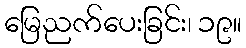
မြေညက်ပေးခြင်း၊ ၁၉။